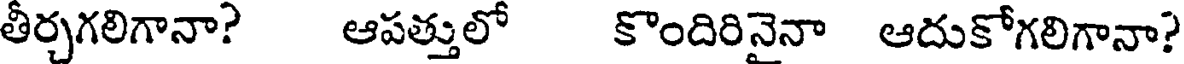
తీర్చగలిగానా? ఆపత్తులో కొందిరినైనా ఆదుకోగలిగానా?